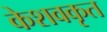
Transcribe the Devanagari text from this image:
केशवकृत